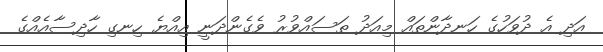
އަދި އެ ދުވަހުގެ ހަނދާންތައް މިއަދު ތަސައްވުރު ވެގެންދަނީ އިއްޔެ ހިނގި ހާދިސާއެއްގެ